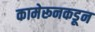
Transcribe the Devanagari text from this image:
कामेरूनकडून